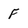
Character: F